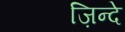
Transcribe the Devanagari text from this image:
ज़िन्दे